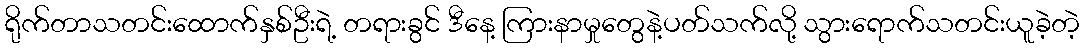
ရိုက်တာသတင်းထောက်နှစ်ဦးရဲ့ တရားခွင် ဒီနေ့ ကြားနာမှုတွေနဲ့ပတ်သက်လို့ သွားရောက်သတင်းယူခဲ့တဲ့